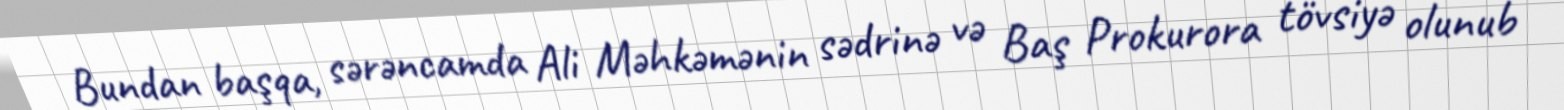
Bundan başqa, sərəncamda Ali Məhkəmənin sədrinə və Baş Prokurora tövsiyə olunub